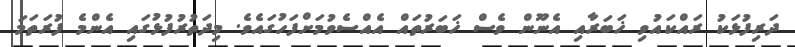
ދަރިފުޅަކު ރައްކައުވި ޚަބަރާއި އެނޫން ވެސް ޚަބަރުތައް އެއްސެވުމަށްފަހުގައެވެ. މިދަތުރުފުޅުގައި އެންމެ ފުރަތަމަ